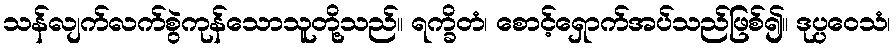
သန်လျက်လက်စွဲကုန်သောသူတို့သည်။ ရက္ခိတံ၊ စောင့်ရှောက်အပ်သည်ဖြစ်၍။ ဒုပ္ပဝေသံ၊